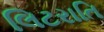
લિટરાતિ